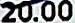
20.00